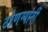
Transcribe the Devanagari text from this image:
टोणग्यांनीं